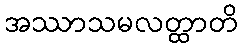
အဿာသမလတ္ထာတိ